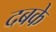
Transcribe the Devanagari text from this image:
दबके